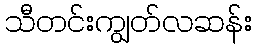
သီတင်းကျွတ်လဆန်း